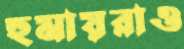
হুমায়রাও